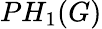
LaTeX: PH_{1}(G)